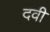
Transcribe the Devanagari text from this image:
दवी